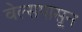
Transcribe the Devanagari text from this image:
वेल्सपासून